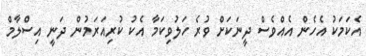
އެކަމަކު އެހެން އެއްވެސް ދީނަކަށް ވުރެ ހަލުވިކަމާ އެކު ކުރިއަރަމުން ދަނީ އިސްލާމް